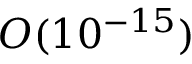
O ( 1 0 ^ { - 1 5 } )